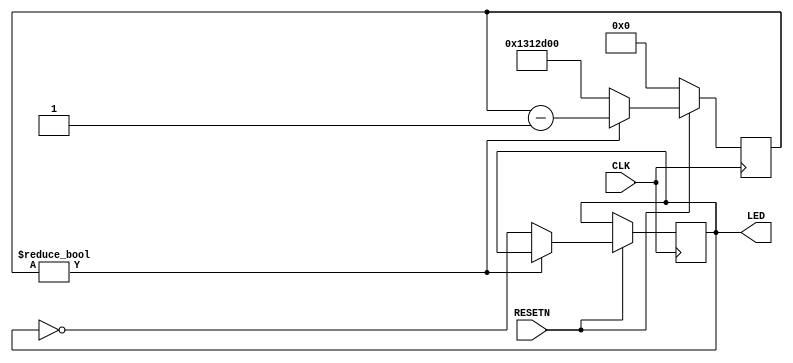
`timescale 1ns / 1ps


module blinker#
(
    parameter integer CLOCK_FREQ = 100000000
)
(
    input wire CLK, RESETN,
    output wire LED
);


    reg led = 0; assign LED = led;
    reg[31:0] counter = 0;

    always @(posedge CLK) begin
        if (RESETN == 0)
            counter <= 0;
        else if (counter)
            counter <= counter - 1;
        else begin
            led     <= ~led;
            counter <= CLOCK_FREQ/5;
        end
    end


endmodule